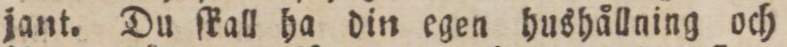
jant. Du ſkall ha din egen hushållning och